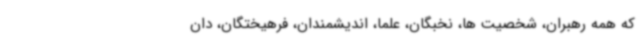
که همه رهبران، شخصیت ها، نخبگان، علما، اندیشمندان، فرهیختگان، دان